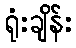
ရုံးချိန်း